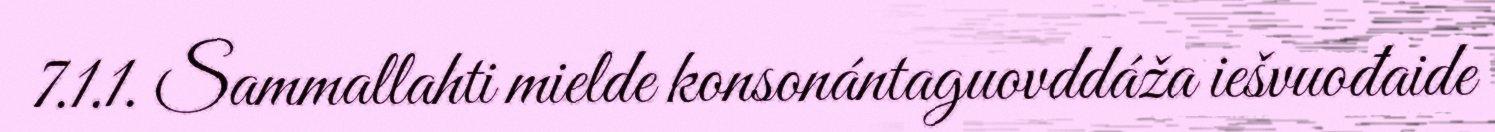
7.1.1. Sammallahti mielde konsonántaguovddáža iešvuođaide